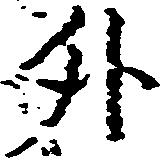
外